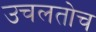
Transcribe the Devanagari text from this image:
उचलतोच